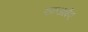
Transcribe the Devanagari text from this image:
एफ़आईए